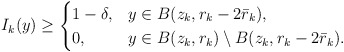
\begin{align*} I_{k}(y)\ge \begin{cases} 1-\delta, &y \in B(z_{k}, r_{k}-2 \bar{r}_{k}),\\ 0,& y \in B(z_{k}, r_{k}) \setminus B(z_{k}, r_{k}-2 \bar{r}_{k}). \end{cases} \end{align*}